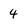
Character: 4